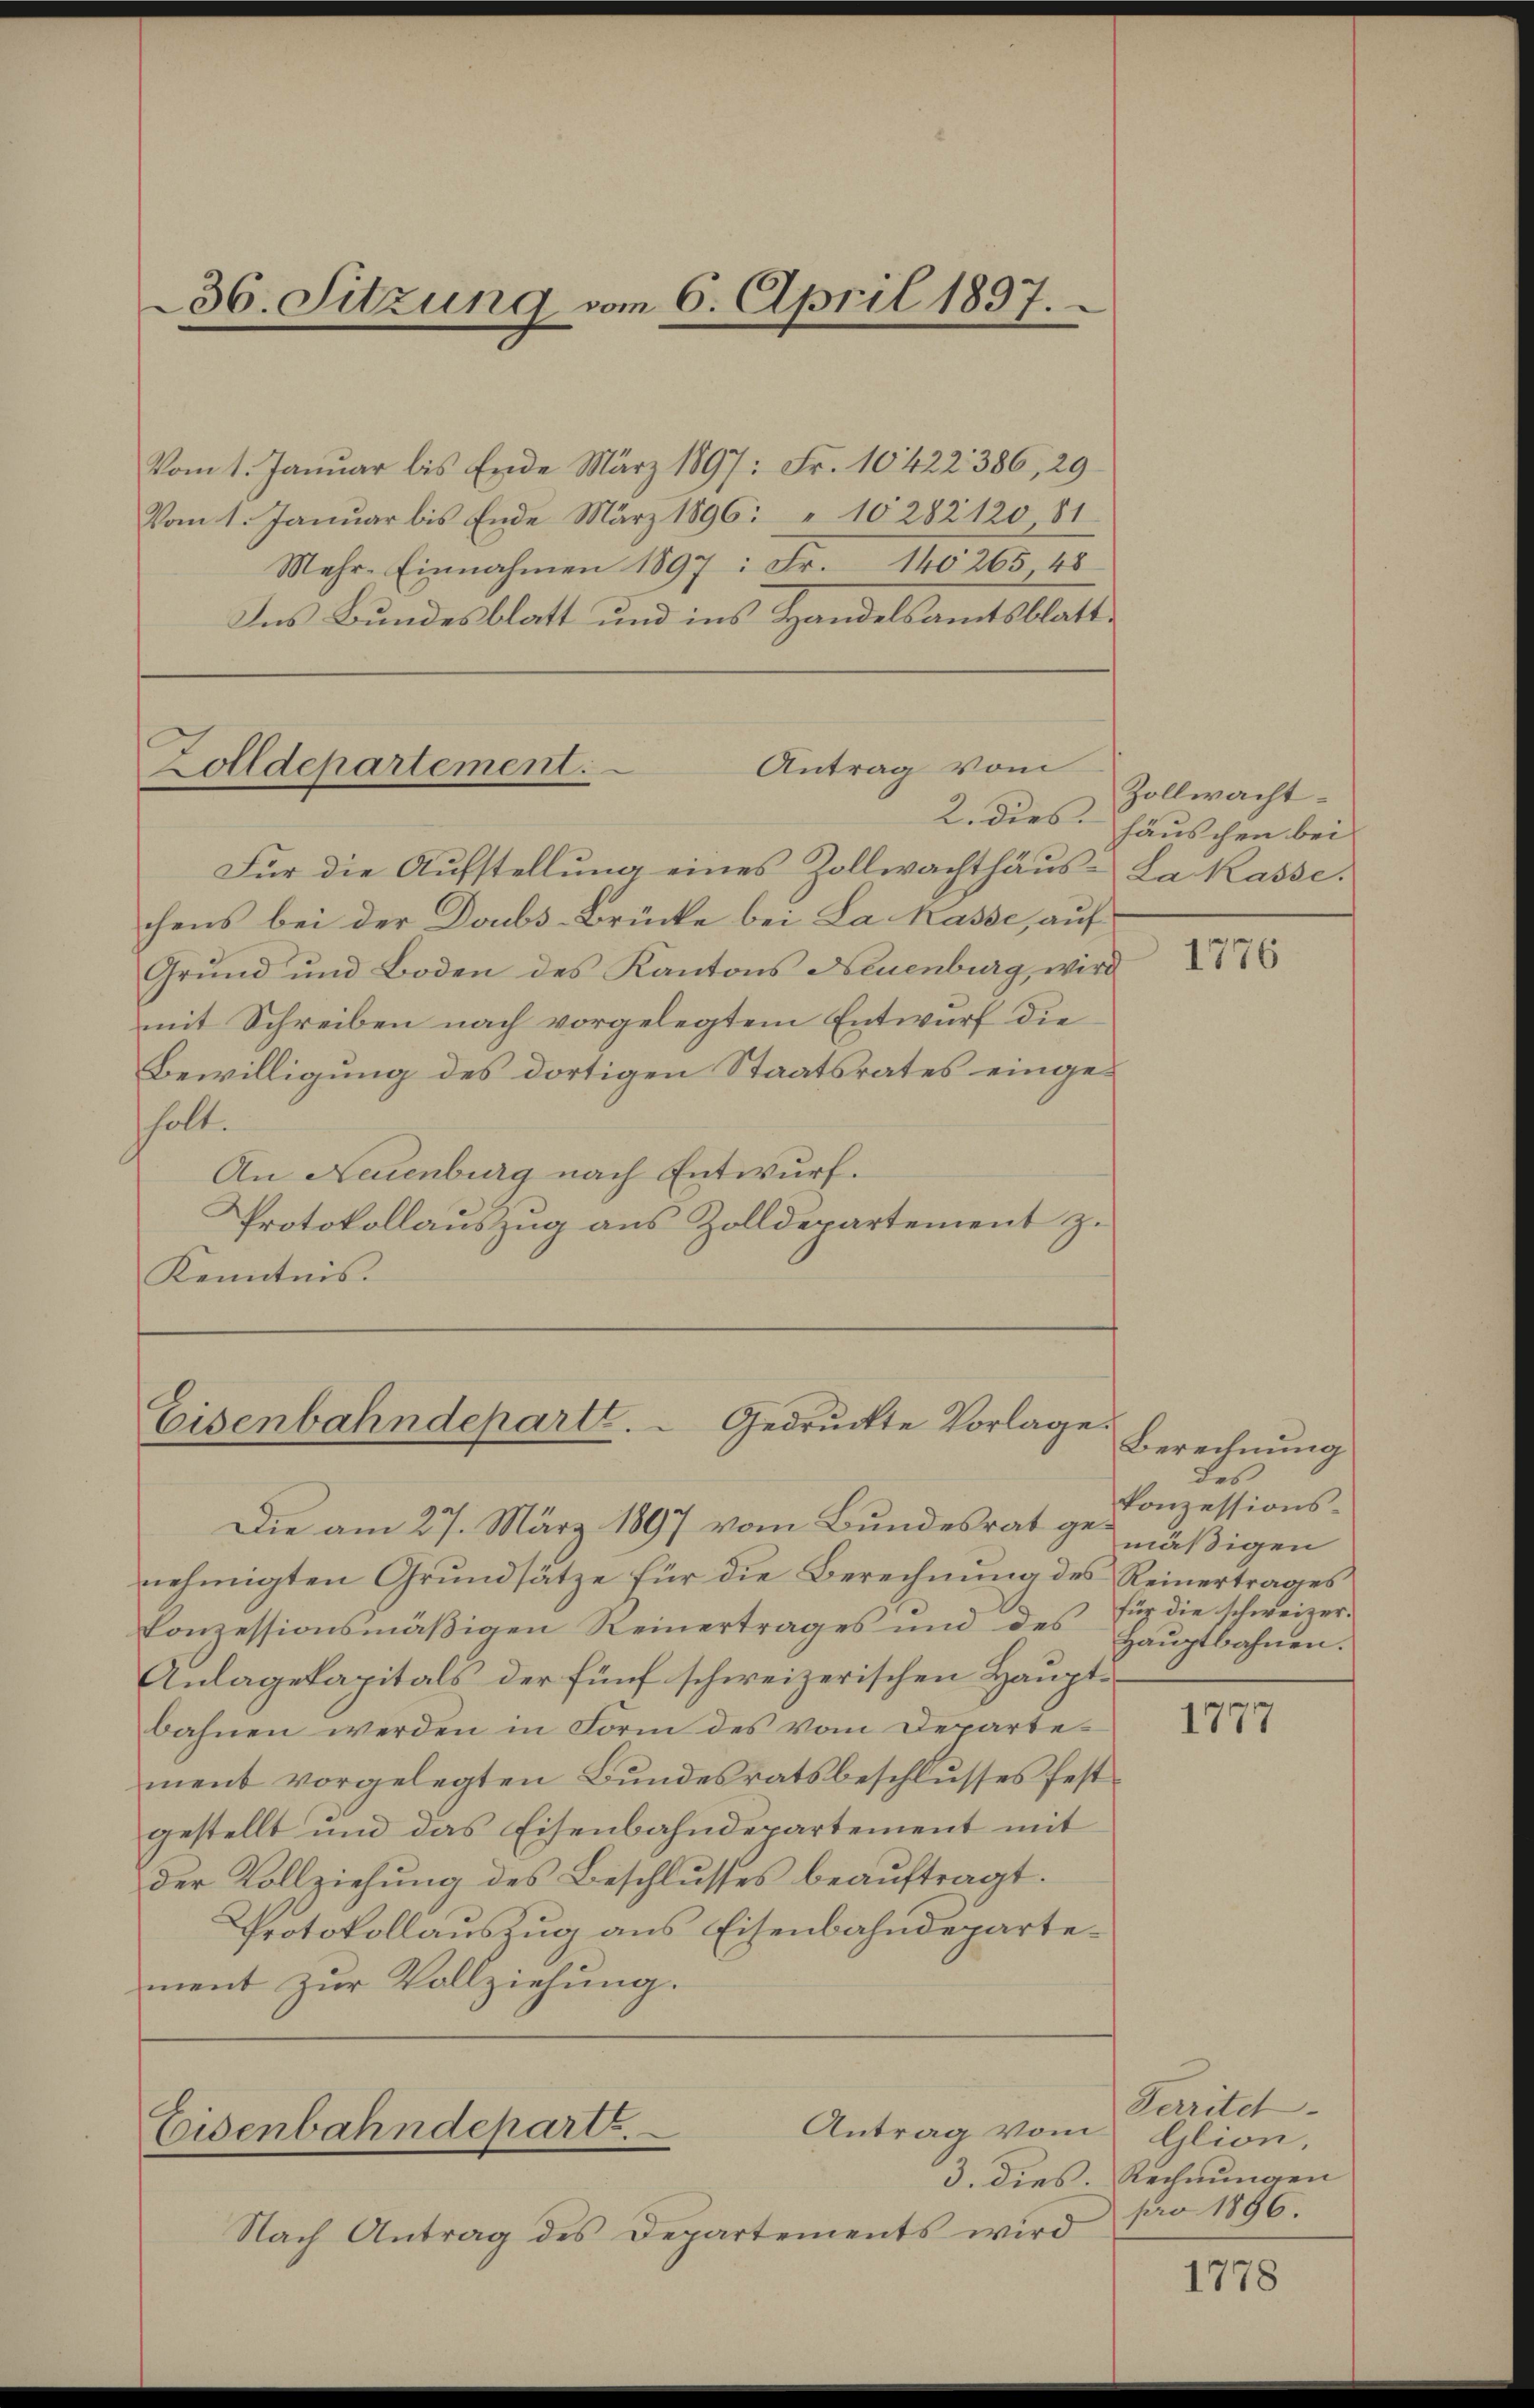
36. Sitzung vom 6. April 1897.

Vom 1. Januar bis Ende März 1897: Fr. 10422 386, 29
Vom 1. Januar bis Ende März 1896: " 10282120, 81
Mehr- Einnahmen 1897: Fr. 140265 48
Ins Bundesblatt und ins Handelsamtsblatt¬

Antrag vom
Zolldepartement.
2. dies

Eisenbahndeparte. Gedruckte Vorlage.

Eisenbahndeparte.
Antrag vom Glion,

Für die Aufstellung eines Zollwachthaus - La Kasse.
chens bei der Doubs-Brücke bei La Kasse, auf
Grund und Boden des Kantons Neuenburg, wird
mit Schreiben nach vorgelegtem Entwurf die
Bewilligung des dortigen Staatsrates eingeholt.
An Neuenburg nach Entwurf.
Protokollauszug aus Zolldepartement z.
Kenntnis.

Nach Antrag des Departements wird

Die am 27. März 1897 vom Bundesrat gemäßigen
nehmigten Grundsätze für die Berechnung des Reinertrages
Conzessionsmäβigen Reinertrages und des Haŭptbahnen.
Anlagekapitals der fünf schweizerischen Hauptbahnen werden in Form des vom Departement vorgelegten Bundesratsbeschlusses festgestellt und das Eisenbahndepartement mit
der Vollziehung des Beschlusses beauftragt.
Protokollauszug aus Eisenbahndepartement zur Vollziehung.

Zollwacht.
häuschen bei

1776

Berechnung
des
konzessions-
für die schweizer.

1777

Perritet.
3. Dies. Rechnungen
pro 1896.

1778